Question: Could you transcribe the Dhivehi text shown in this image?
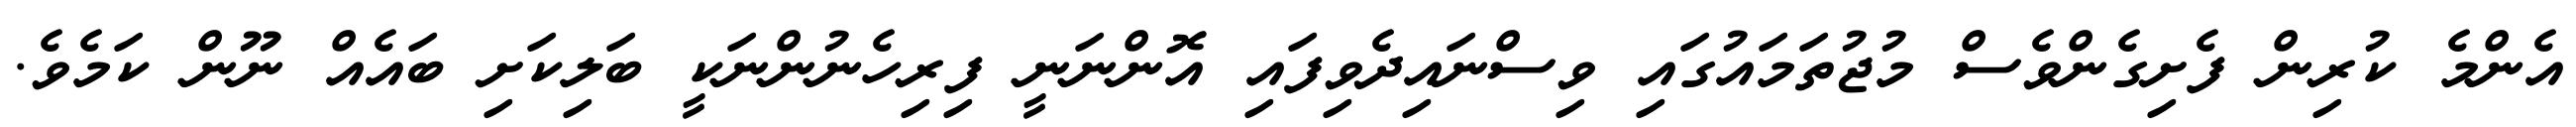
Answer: އެންމެ ކުރިން ފެށިގެންވެސް މުޖުތަމައުގައި ވިސްނައިދެވިފައި އޮންނަނީ ފިރިހެނުންނަކީ ބަލިކަށި ބައެއް ނޫން ކަމެވެ.